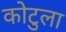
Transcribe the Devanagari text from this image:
कोटुला